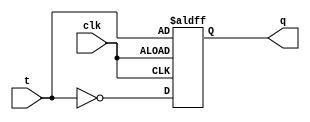
module t_latch (
  input t,
  input clk,
  output reg q
);

always @(posedge clk or negedge clk) begin
  if (clk) begin
    q <= t;
  end else begin
    q <= ~t;
  end
end

endmodule